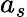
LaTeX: a_{s}